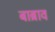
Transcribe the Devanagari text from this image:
बाब्राव